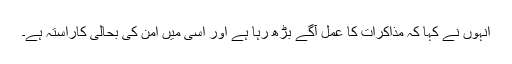
انہوں نے کہا کہ مذاکرات کا عمل آگے بڑھ رہا ہے اور اسی میں امن کی بحالی کاراستہ ہے۔